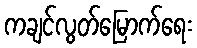
ကချင်လွတ်မြောက်ရေး